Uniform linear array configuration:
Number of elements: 4
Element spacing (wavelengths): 0.25
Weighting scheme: hann
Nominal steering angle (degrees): -30
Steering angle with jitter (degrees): -31.466
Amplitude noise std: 0.05
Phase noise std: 0.05

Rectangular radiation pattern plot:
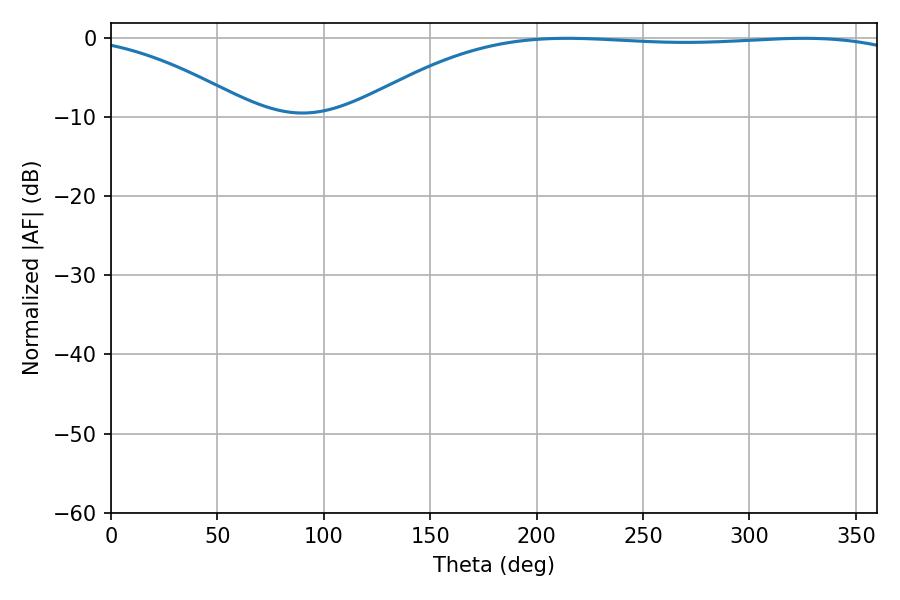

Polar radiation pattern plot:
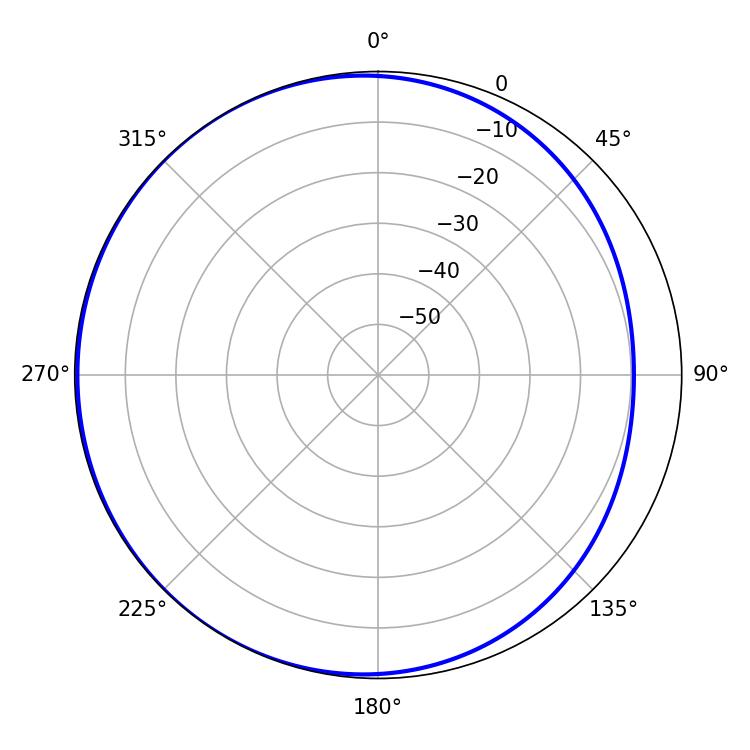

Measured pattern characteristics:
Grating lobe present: FALSE
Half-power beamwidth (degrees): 205.74
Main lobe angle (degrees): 214.38